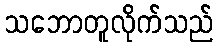
သဘောတူလိုက်သည်